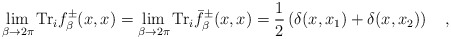
\begin{align*}\lim_{\beta\rightarrow 2\pi}\mbox{Tr}_if_\beta^{\pm}(x,x)=\lim_{\beta\rightarrow 2\pi}\mbox{Tr}_i\bar{f}_\beta^{\pm}(x,x)=\frac 12\left(\delta(x,x_1)+\delta(x,x_2)\right)~~~,\end{align*}